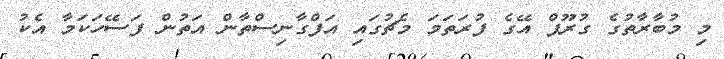
މި މުބާރާތުގެ ގުރޫޕް އޭގެ ފުރަތަމަ މެޗުގައި އަފްގާނިސްތާން އަތުން ފަސޭހަކަމާ އެކު